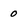
Character: 0